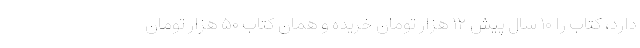
دارد، کتاب را ۱۰ سال پیش ۱۲ هزار تومان خریده و همان کتاب ۵۰ هزار تومان